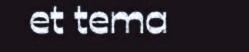
et tema